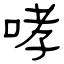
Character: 哮